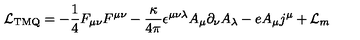
{ \cal L } _ { \mathrm { T M Q } } = - \frac { 1 } { 4 } F _ { \mu \nu } F ^ { \mu \nu } - \frac { \kappa } { 4 \pi } \epsilon ^ { \mu \nu \lambda } A _ { \mu } \partial _ { \nu } A _ { \lambda } - e A _ { \mu } j ^ { \mu } + { \cal L } _ { m }